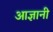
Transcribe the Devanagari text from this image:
आज्ञानी